Annual report of the Imperial Bacteriological Laboratory, Muktesar
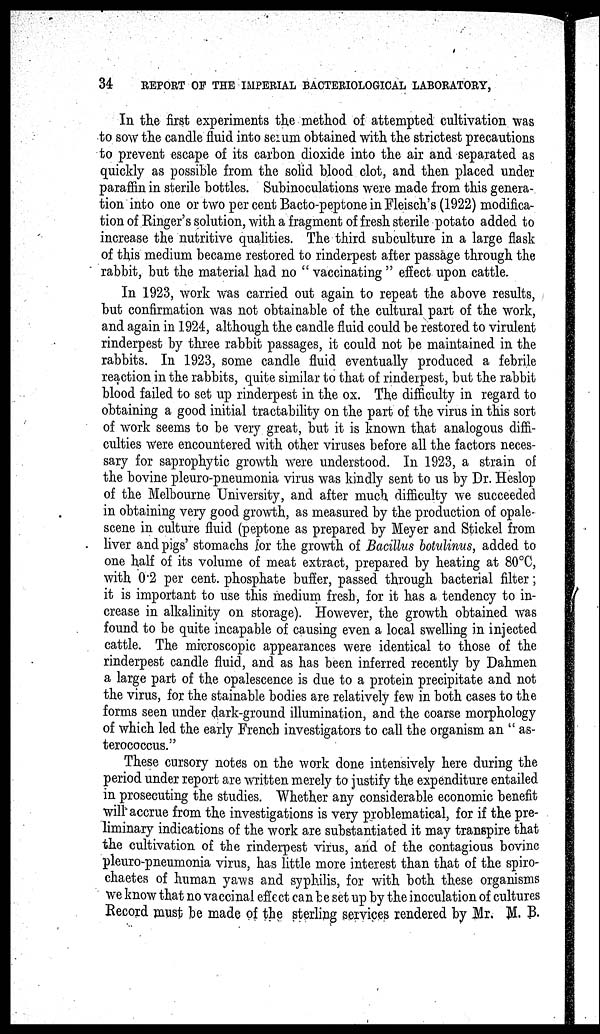
34
REPORT OF THE IMPERIAL BACTERIOLOGICAL LABORATORY,
In the first experiments the method of attempted cultivation was
to sow the candle fluid into serum obtained with the strictest precautions
to prevent escape of its carbon dioxide into the air and separated as
quickly as possible from the solid blood clot, and then placed under
paraffin in sterile bottles. Subinoculations were made from this genera-
tion into one or two per cent Bacto-peptone in Fleisch's (1922) modifica-
tion of Ringer's solution, with a fragment of fresh sterile potato added to
increase the nutritive qualities. The third subculture in a large flask
of this medium became restored to rinderpest after passage through the
rabbit, but the material had no " vaccinating " effect upon cattle.
In 1923, work was carried out again to repeat the above results,
but confirmation was not obtainable of the cultural part of the work,
and again in 1924, although the candle fluid could be restored to virulent
rinderpest by three rabbit passages, it could not be maintained in the
rabbits. In 1923, some candle fluid eventually produced a febrile
reaction in the rabbits, quite similar to that of rinderpest, but the rabbit
blood failed to set up rinderpest in the ox. The difficulty in regard to
obtaining a good initial tractability on the part of the virus in this sort
of work seems to be very great, but it is known that analogous diffi-
culties were encountered with other viruses before all the factors neces-
sary for saprophytic growth were understood. In 1923, a strain of
the bovine pleuro-pneumonia virus was kindly sent to us by Dr. Heslop
of the Melbourne University, and after much difficulty we succeeded
in obtaining very good growth, as measured by the production of opale-
scene in culture fluid (peptone as prepared by Meyer and Stickel from
liver and pigs' stomachs for the growth of Bacillus botulinus, added to
one half of its volume of meat extract, prepared by heating at 80°C,
with 0.2 per cent. phosphate buffer, passed through bacterial filter ;
it is important to use this medium fresh, for it has a tendency to in-
crease in alkalinity on storage). However, the growth obtained was
found to be quite incapable of causing even a local swelling in injected
cattle. The microscopic appearances were identical to those of the
rinderpest candle fluid, and as has been inferred recently by Dahmen
a large part of the opalescence is due to a protein precipitate and not
the virus, for the stainable bodies are relatively few in both cases to the
forms seen under dark-ground illumination, and the coarse morphology
of which led the early French investigators to call the organism an " as-
terococcus."
These cursory notes on the work done intensively here during the
period under report are written merely to justify the expenditure entailed
in prosecuting the studies. Whether any considerable economic benefit
will accrue from the investigations is very problematical, for if the pre-
liminary indications of the work are substantiated it may transpire that
the cultivation of the rinderpest virus, and of the contagious bovine
pleuro-pneumonia virus, has little more interest than that of the spiro-
chaetes of human yaws and syphilis, for with both these organisms
we know that no vaccinal effect can be set up by the inoculation of cultures
Record must be made of the sterling services rendered by Mr. M. B.